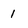
Character: 1